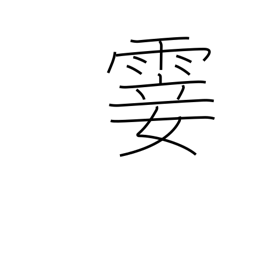
Meaning: light rain